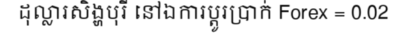
ដុល្លារសិង្ហបុរី នៅឯការប្តូរប្រាក់ Forex = 0.02